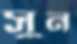
সুন